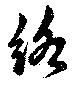
絡